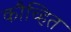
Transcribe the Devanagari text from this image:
कौच्हित